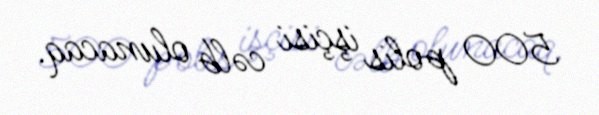
500 polis işçisi cəlb olunacaq.